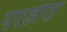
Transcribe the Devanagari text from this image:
परडीत